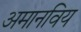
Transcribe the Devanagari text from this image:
अमानविय